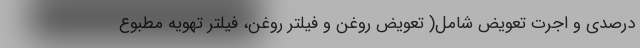
درصدی و اجرت تعویض شامل( تعویض روغن و فیلتر روغن، فیلتر تهویه مطبوع